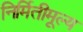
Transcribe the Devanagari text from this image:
निर्मितीमूल्य